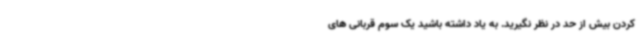
کردن بیش از حد در نظر نگیرید. به یاد داشته باشید یک سوم قربانی های